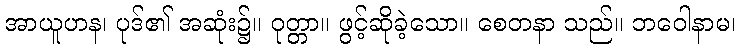
အာယူဟန၊ ပုဒ်၏ အဆုံး၌။ ဝုတ္တာ။ ဖွင့်ဆိုခဲ့သော။ စေတနာ သည်။ ဘဝေါနာမ၊